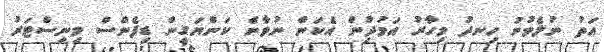
އަތު ނުލެވުނު ހިނދު މިހާރު އަމުދުިން އެކަން ނުވާނެ ކަންޔަގީން ޑިފެންސް މިނިސްޓަރު